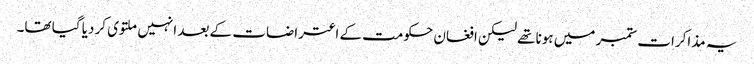
یہ مذاکرات ستمبر میں ہونا تھے لیکن افغان حکومت کے اعتراضات کے بعد انہیں ملتوی کر دیا گیا تھا۔